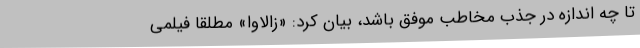
تا چه اندازه در جذب مخاطب موفق باشد، بیان کرد: «زالاوا» مطلقاً فیلمی